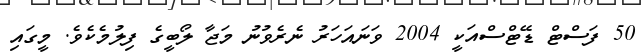
50 ފަސްޓް ޑޭޓްސްއަކީ 2004 ވަނައަހަރު ނެރެވުނު މަޖާ ލޯބީގެ ފިލުމެކެވެ. މީގައި